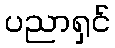
ပညာရှင်